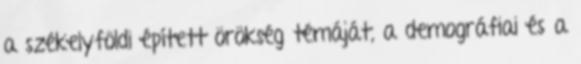
a székelyföldi épített örökség témáját, a demográfiai és a